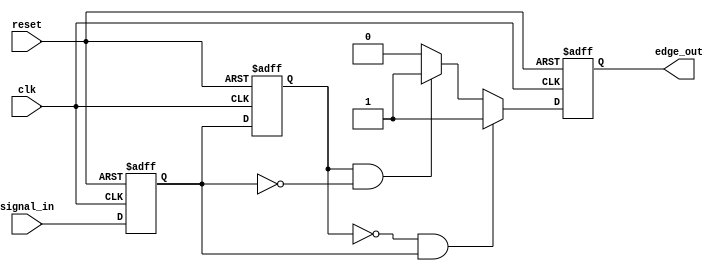
module SchmittTriggerEdgeDetector (
    input wire clk,            // Clock input
    input wire reset,          // Reset input
    input wire signal_in,      // Input signal to detect edges
    output reg edge_out        // Output signal for detected edges
);

    // Internal registers for memory blocks
    reg prev_state;            // Previous State Flip-Flop (PSFF)
    reg curr_state;            // Current State Flip-Flop (CSFF)

    // Parameters for edge detection
    parameter RISING_EDGE = 1'b1; // Definition for rising edge
    parameter FALLING_EDGE = 1'b0; // Definition for falling edge

    // Edge detection process
    always @(posedge clk or posedge reset) begin
        if (reset) begin
            // Reset conditions
            prev_state <= 1'b0;
            curr_state <= 1'b0;
            edge_out <= 1'b0;
        end else begin
            // Sample the current input signal
            prev_state <= curr_state; // Store previous state
            curr_state <= signal_in;   // Update current state

            // Detect rising edge
            if (prev_state == 1'b0 && curr_state == 1'b1) begin
                edge_out <= 1'b1; // Set output high for rising edge
            end 
            // Detect falling edge
            else if (prev_state == 1'b1 && curr_state == 1'b0) begin
                edge_out <= 1'b1; // Set output high for falling edge
            end 
            else begin
                edge_out <= 1'b0; // Reset output otherwise
            end
        end
    end

endmodule